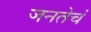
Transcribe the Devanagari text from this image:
जनतेचं